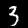
Digit: 3